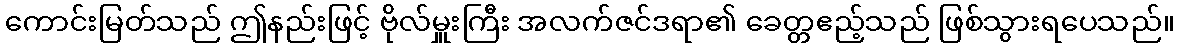
ကောင်းမြတ်သည် ဤနည်းဖြင့် ဗိုလ်မှူးကြီး အလက်ဇင်ဒရာ၏ ခေတ္တဧည့်သည် ဖြစ်သွားရပေသည်။